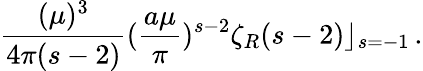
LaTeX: \frac{(\mu)^{3}}{4\pi(s-2)}(\frac{a\mu}{\pi})^{s-2}{\zeta}_{R}(s-2)\rfloor_{s=-1}\, .